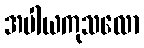
အပါယကုသလော